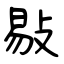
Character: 敡